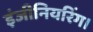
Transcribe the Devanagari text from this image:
इंजीनियरिंग।